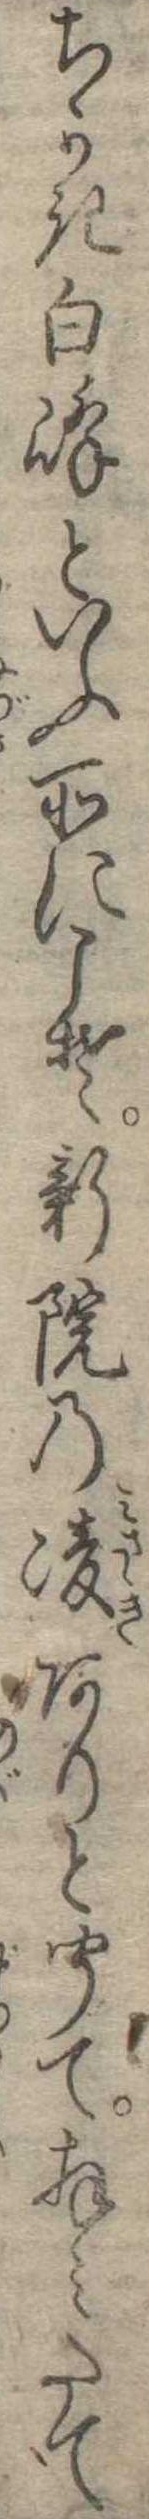
ちかき白峰といふ所にこそ新院の陵ありと聞て拝みたて